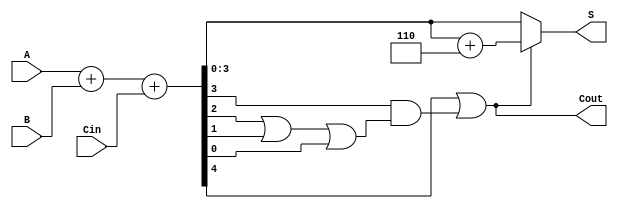
module bcd_adder (
    input  [3:0] A,      // First BCD digit
    input  [3:0] B,      // Second BCD digit
    input        Cin,     // Carry-in
    output [3:0] S,      // BCD sum
    output       Cout     // Carry-out
);

    wire [4:0] Sum;         // 5-bit sum to hold A + B + Cin
    wire Correction;         // Signal to indicate if correction is needed

    // Step 1: Binary Addition
    assign Sum = A + B + Cin;

    // Step 2: BCD Correction Logic
    assign Correction = Sum[4] || (Sum[3] && (Sum[2] || Sum[1] || Sum[0]));

    // Step 3: Final Output Calculation
    assign S = Correction ? (Sum + 5'd6) : Sum[3:0]; // Add 6 if correction is needed
    assign Cout = Correction; // Carry out is set if correction is applied

endmodule